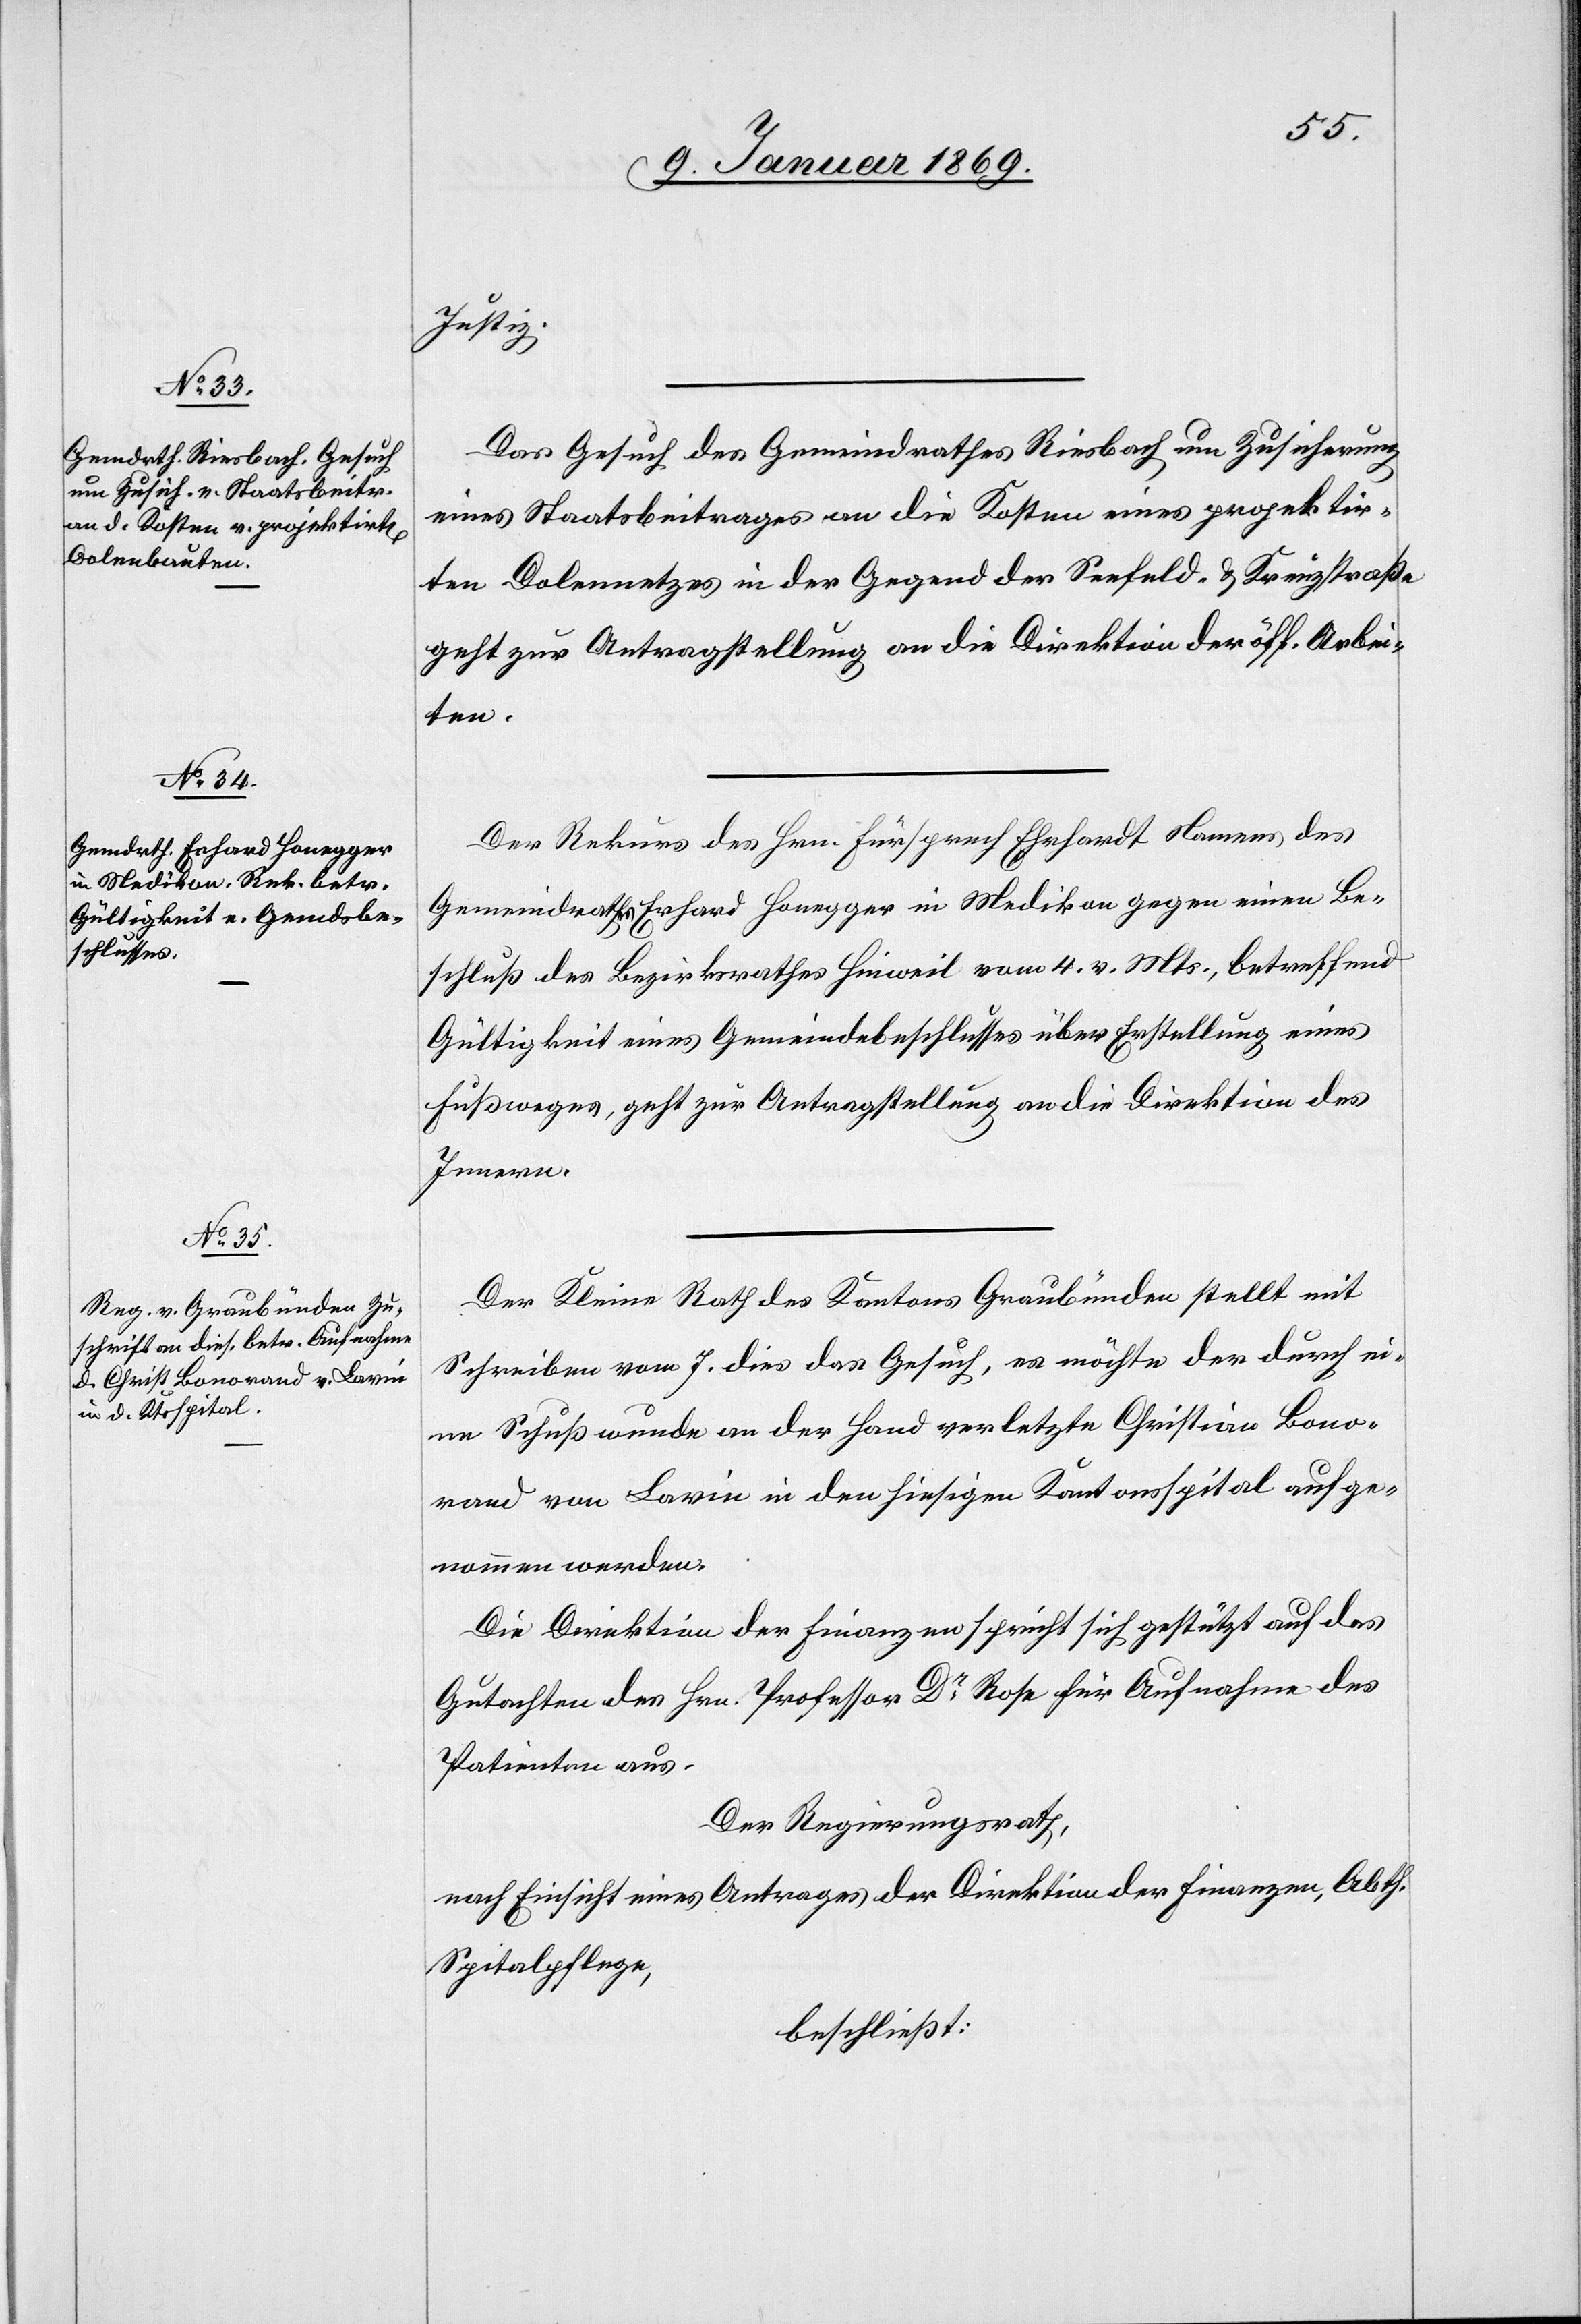
9. Januar 1869.]
Justiz.
Das Gesuch des Gemeindrathes Riesbach um Zusicherung
eines Staatsbeitrages an die Kosten eines projektir¬
ten Dolennetzes in der Gegend der Seefeld- u. Kreuzstraße
geht zur Antragstellung an die Direktion der öff. Arbei¬
ten.
Der Rekurs des Hrn. Fürsprech Ehrhardt Namens des
Gemeindrathes Erhard Honegger in Medikon gegen einen Be¬
schluß des Bezirksrathes Hinweil vom 4. v. Mts., betreffend
Gültigkeit eines Gemeindsbeschlusses über Erstellung eines
Fußweges, geht zur Antragstellung an die Direktion des
Innern.
Der Kleine Rath des Kantons Graubünden stellt mit
Schreiben vom 7. dies das Gesuch, es möchte der durch ei¬
ne Schußwunde an der Hand verletzte Christian Bono¬
rand von Lavin in den hiesigen Kantonsspital aufge¬
nommen werden.
Die Direktion der Finanzen spricht sich gestützt auf das
Gutachten der Hrn. Professor Dr Rose für Aufnahme des
Patienten aus.
Der Regierungsrath,
nach Einsicht eines Antrages der Direktion der Finanzen, Abth.
Spitalpflege,
beschließt: